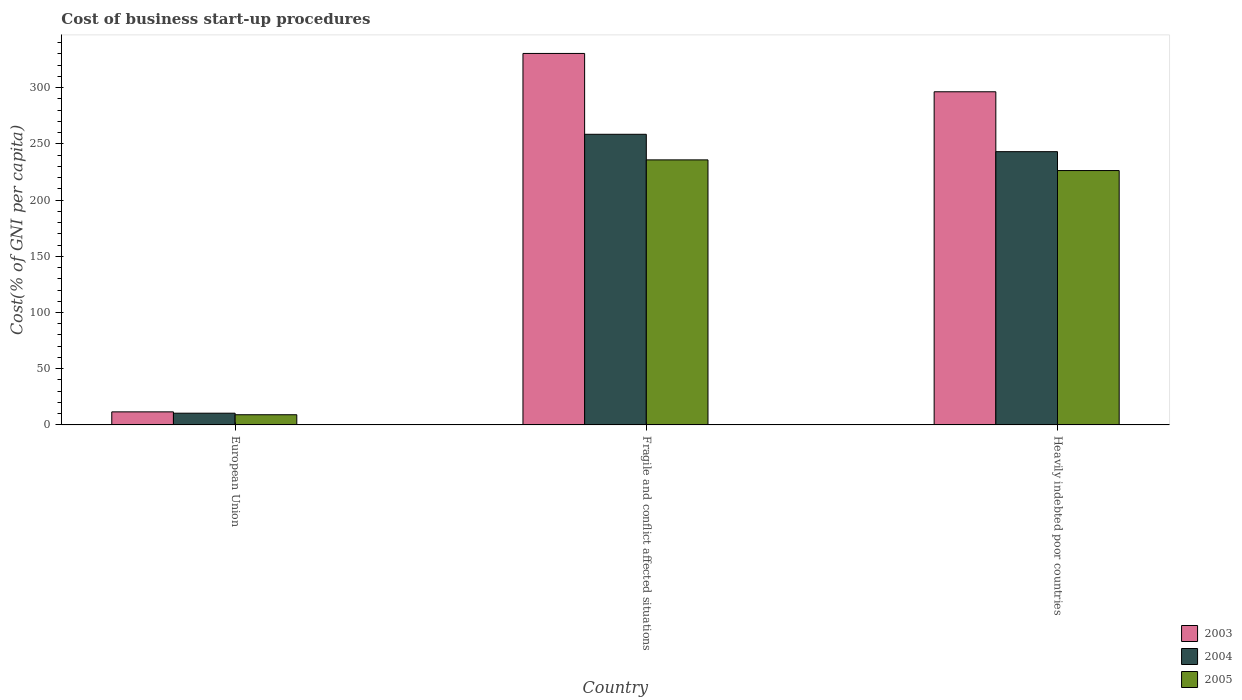
| Country | 2003 | 2004 | 2005 |
 | --- | --- | --- | --- |
 | European Union | 11.6 | 10.4 | 9.05 |
 | Fragile and conflict affected situations | 330 | 259 | 236 |
 | Heavily indebted poor countries | 296 | 243 | 226 |